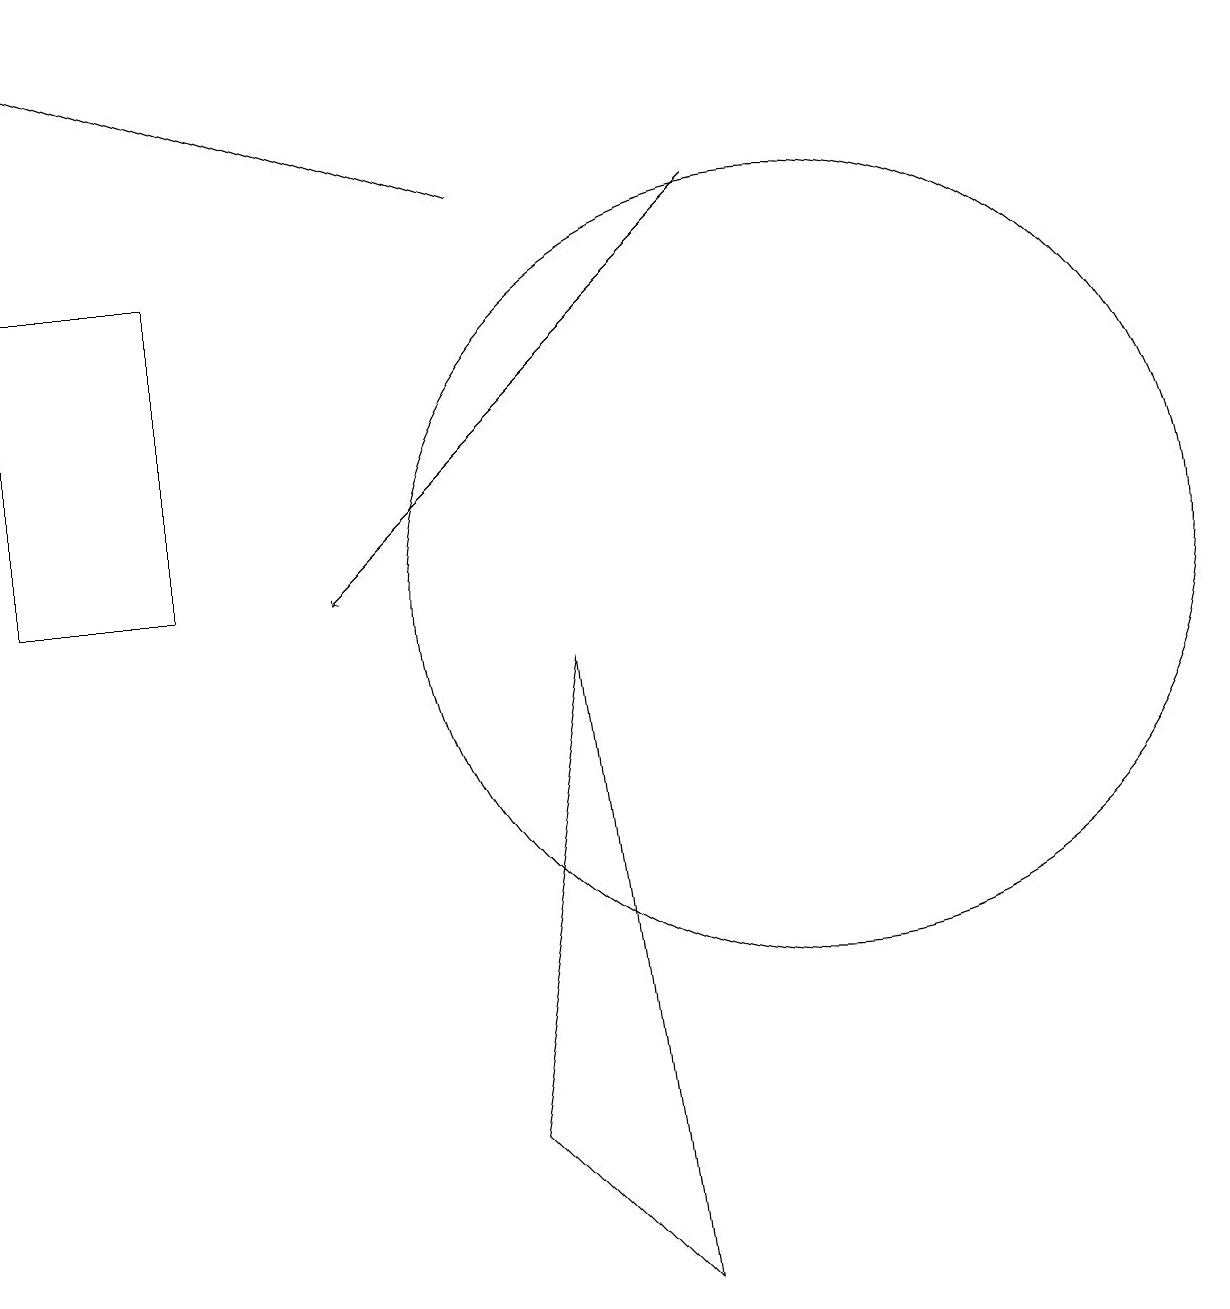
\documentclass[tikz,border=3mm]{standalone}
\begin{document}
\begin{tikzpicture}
\draw[->] (6,15) -- (0,17);
\draw (6,3) -- (8,1) -- (7,9) -- cycle;
\draw (10,10) circle (5);
\draw[->] (9,15) -- (4,10);
\draw (2,10) rectangle (0,14);
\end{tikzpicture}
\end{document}